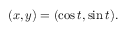
( x , y ) = ( \cos t , \sin t ) .